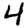
Digit: 4